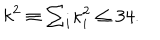
LaTeX: k ^ { 2 } \equiv \textstyle { \sum _ { i } } \kappa _ { i } ^ { 2 } \leq 3 4 .